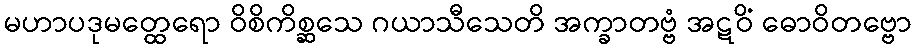
မဟာပဒုမတ္ထေရော ဝိစိကိစ္ဆသေ ဂယာသီသေတိ အက္ခာတဗ္ဗံ အဋဝိံ ဓောဝိတဗ္ဗော